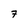
Character: 7